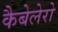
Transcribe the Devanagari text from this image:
कैबेलेरो